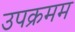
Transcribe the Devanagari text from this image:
उपक्रमम